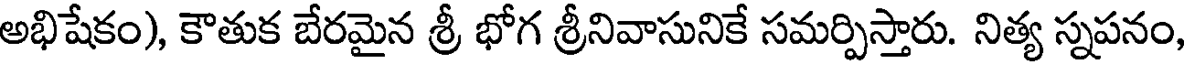
అభిషేకం), కౌతుక బేరమైన శ్రీ భోగ శ్రీనివాసునికే సమర్పిస్తారు. నిత్య స్నపనం,